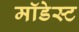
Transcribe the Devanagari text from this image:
मॉडेस्ट